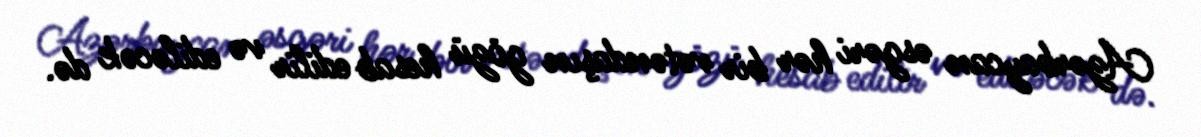
Azərbaycan əsgəri hər bir vətəndaşın gözü hesab edilir və ediləcək də.